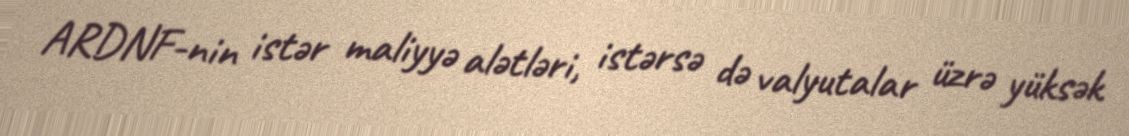
ARDNF-nin istər maliyyə alətləri, istərsə də valyutalar üzrə yüksək